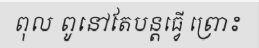
ពុល ពូនៅតែបន្តធ្វើ ព្រោះ